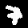
Label: 7